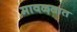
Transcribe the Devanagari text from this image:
मावळतात